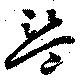
盜